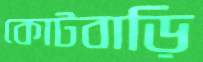
কোটবাড়ি